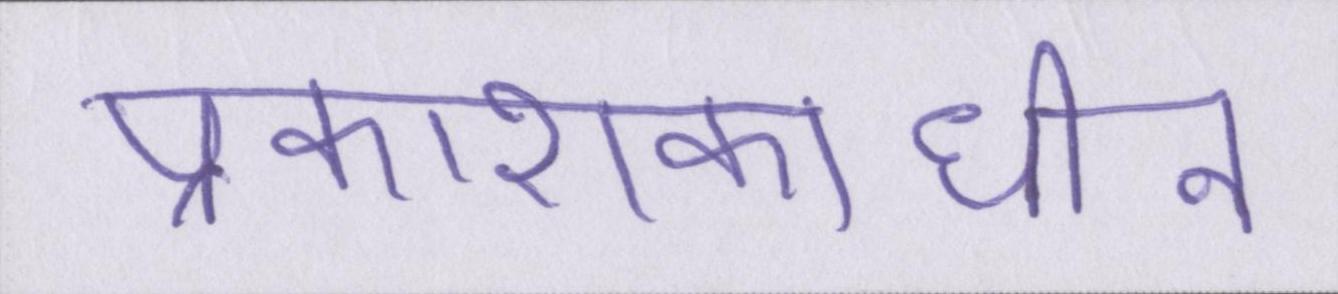
प्रकाशकाधीन